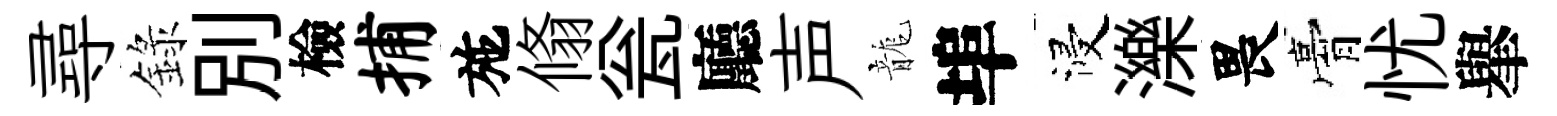
尋錄別檢捕施翛瓮廳声龍埠浸濼畏膏忧𦦙